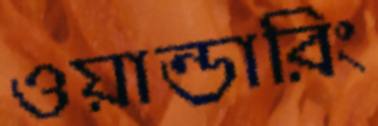
ওয়ান্ডারিং